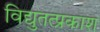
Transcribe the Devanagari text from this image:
विद्युतत्प्रकाश